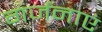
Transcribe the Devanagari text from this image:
गर्जनाएं